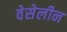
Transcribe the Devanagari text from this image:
वेसेलीन